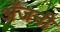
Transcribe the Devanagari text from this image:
अँजनी